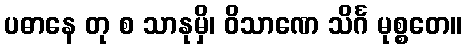
ပဓာနေ တု စ သာနုမှိ၊ ဝိသာဏေ သိင်္ဂ မုစ္စတေ။